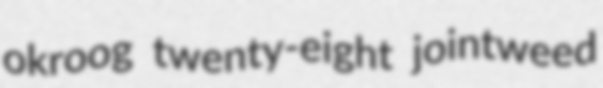
okroog twenty-eight jointweed